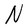
Character: N